Plague in India, 1896, 1897 - Volume 1
Year: 1896
Disease focus: Plague
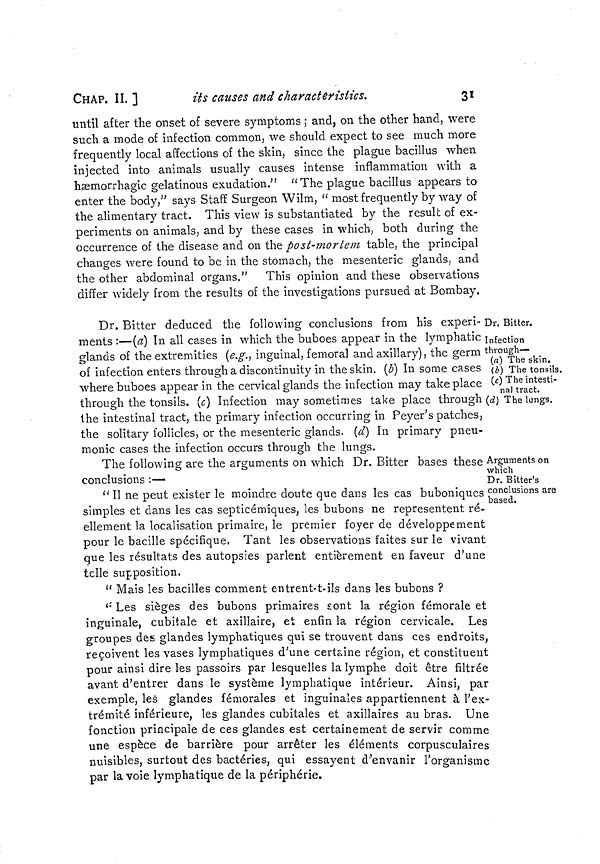
CHAP. II. ]
its causes and characteristics.
31
until after the onset of severe symptoms ; and, on the other hand, were
such a mode of infection common, we should expect to see much more
frequently local affections of the skin, since the plague bacillus when
injected into animals usually causes intense inflammation with a
hæmorrhagic gelatinous exudation." "The plague bacillus appears to
enter the body," says Staff Surgeon Wilm, " most frequently by way of
the alimentary tract. This view is substantiated by the result of ex-
periments on animals, and by these cases in which, both during the
occurrence of the disease and on the post-mortem table, the principal
changes were found to be in the stomach, the mesenteric glands, and
the other abdominal organs."
This opinion and these observations
differ widely from the results of the investigations pursued at Bombay.
Dr. Bitter.
Infection
through—
(a) The skin.
(b) The tonsils.
(c) The intesti-
nal tract.
(d) The lungs.
Dr. Bitter deduced the following conclusions from his experi-
ments :—(a) In all cases in which the buboes appear in the lymphatic
glands of the extremities (e.g.) inguinal, femoral and axillary), the germ
of infection enters through a discontinuity in the skin. (b) In some cases
where buboes appear in the cervical glands the infection may take place
through the tonsils. (c) Infection may sometimes take place through
the intestinal tract, the primary infection occurring in Peyer's patches,
the solitary follicles, or the mesenteric glands. (d) In primary pneu-
monic cases the infection occurs through the lungs.
Arguments on
which
Dr. Bitter's
conclusions are
based.
The following are the arguments on which Dr. Bitter bases these
conclusions :—
" II ne peut exister le moindre doute que dans les cas buboniques
simples et dans les cas septicémiques, les bubons ne représentent ré-
ellement la localisation primaire, le premier foyer de développement
pour le bacille spécifique. Tant les observations faites sur le vivant
que les résultats des autopsies parlent entièrement en faveur d'une
telle supposition.
" Mais les bacilles comment entrent-t-ils dans les bubons ?
" Les sièges des bubons primaires sont la région fémorale et
inguinale, cubitale et axillaire, et enfin la région cervicale. Les
groupes des glandes lymphatiques qui se trouvent dans ces endroits,
reçoivent les vases lymphatiques d'une certaine région, et constituent
pour ainsi dire les passoirs par lesquelles la lymphe doit être filtrée
avant d'entrer dans le système lymphatique intérieur. Ainsi, par
exemple, les glandes fémorales et inguinales appartiennent à l'ex-
trémité inférieure, les glandes cubitales et axillaires au bras. Une
fonction principale de ces glandes est certainement de servir comme
une espèce de barrière pour arrêter les éléments corpusculaires
nuisibles, surtout des bactéries, qui essayent d'envanir l'organisme
par la voie lymphatique de la périphérie.